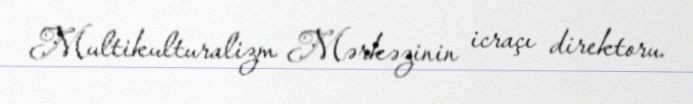
Multikulturalizm Mərkəzinin icraçı direktoru.